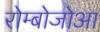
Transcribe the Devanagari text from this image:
रोम्बोजोआ